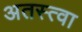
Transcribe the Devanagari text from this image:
अतस्त्वा